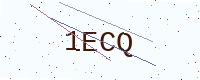
Text: 1ECQ